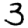
Digit: 3